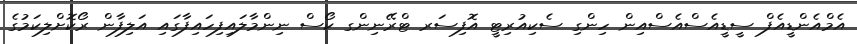
އެމްއެންޑީއެފް ސީޑީއެސްއެސްއިން ހިންގި ސެކިއުރިޓީ އޮފިސަރ ޓްރޭނިންގ ކޯސް ނިންމާލައިފިހައިފާގައި އަލިފާން ރޯކޮށްލިކަމުގެ